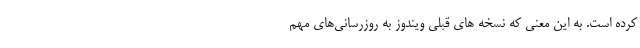
کرده است. به این معنی که نسخه های قبلی ویندوز به روزرسانی‌های مهم